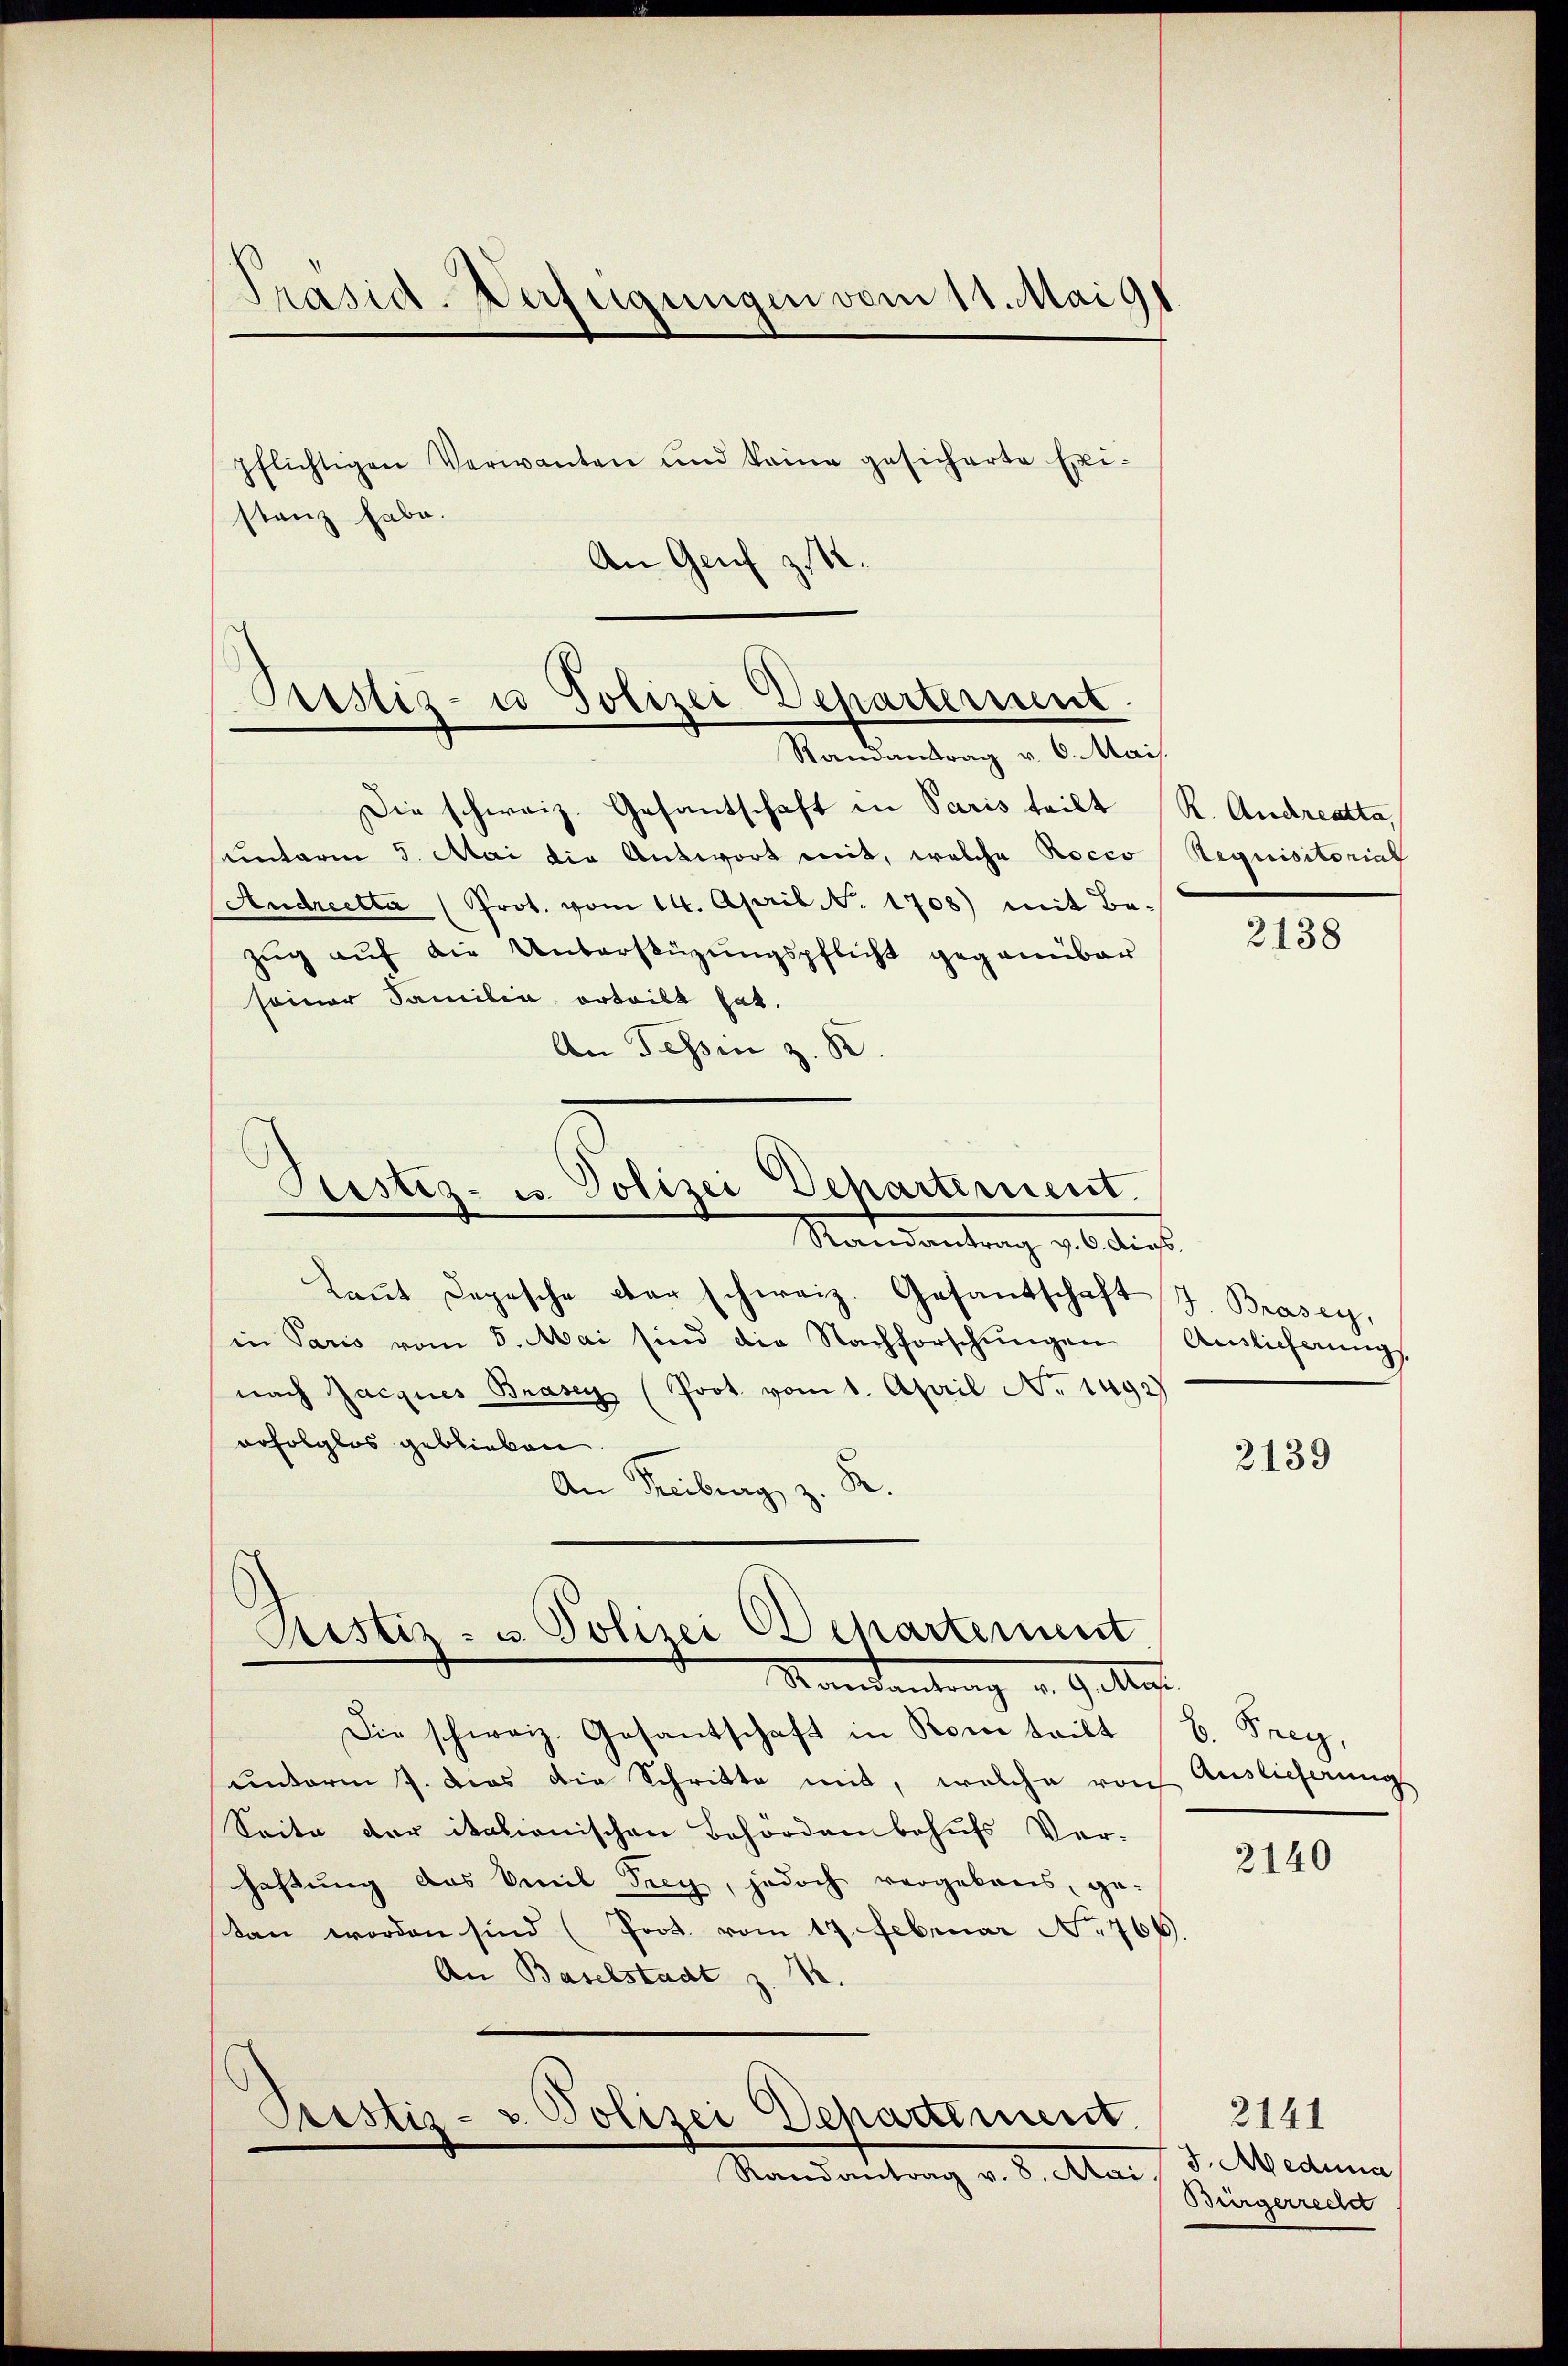
Präsid-Verfügungen vom 11. Mai 91.
pflichtigen Verwanten und keine gesicherte Exi-
stanz habe.
An Genf zu

Prustiz- u Polizei Departerient.
Randantrag v. 6. Mai.

Die schweiz. Gesantschaft in Paris teilt R. Andreatta,
unterm 5. Mai die Antwort mit, welche Rocco Requisitorial
Andreetta (Prot. vom 14. April N. 1708) mit Be-
Zŭg aŭf die Unterstüzungspflicht gegenüber
seiner Familie erteilt hat.
An Tessin z. B.

Justiz- u. Polizei-Departement.
Mandantung gl. Art.

Ristiz- & Polizei Departement

kaṅt Depesche der schweiz. Gesandschaft J. Brasey,
in Paris vom 5. Mai sind die Nachforschŭngen Auslieferung
nach Jacques Brasey (Prot vom 1. April No 1492)
erfolglos geblieben.
An Freiberg z. R.

Mandantung u. Galle
Die schweiz. Gesantschaft in Rom tritt b. Frey,
unterm 7. dies die Schritte mit, welche von
Seite der italionischen Behörden behufs Vor-
haftung das Emil Frey, jedoch vergebens, ge-
tan worden sind (Prot. vom 17. Februar No 766.
An Baselstadt z. B.
Pristiz- & Polizei Departement.
Randantrag v. 8. Mai.

2138

2139

Auslieferung

2140

3. Medima
Bürgerrecht

2141